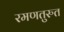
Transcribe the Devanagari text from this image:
रमणतुरुत